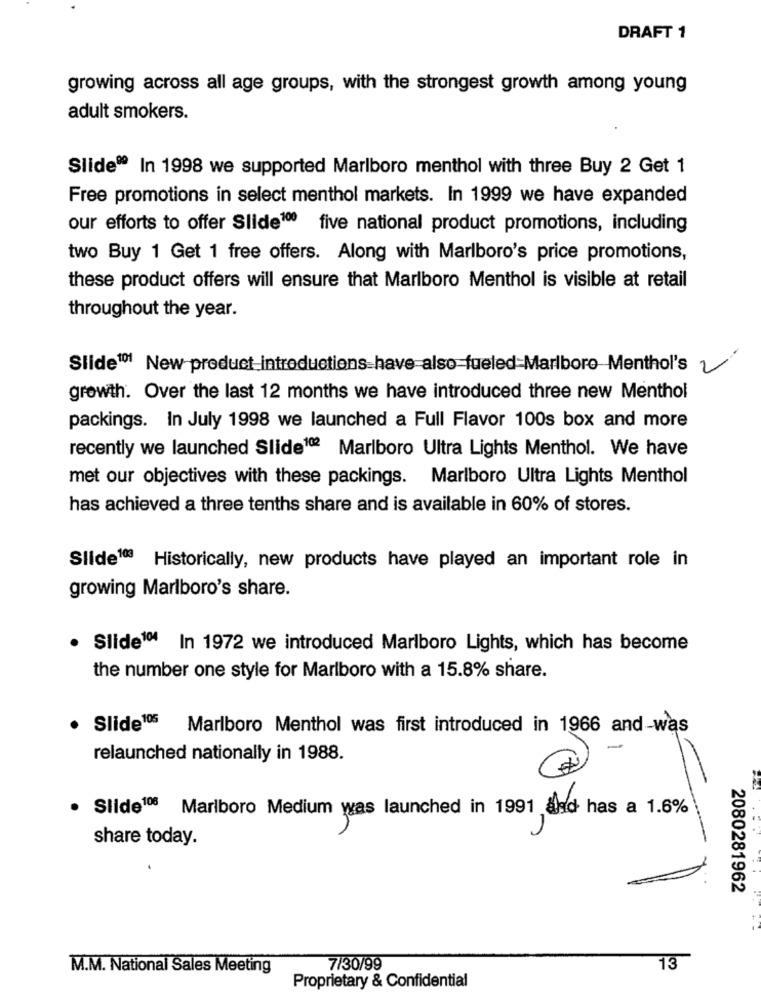
DRAFT 1
growing across all age groups, with the strongest growth among young
adult smokers.
Slide® In 1998 we supported Marlboro menthol with three Buy 2 Get 1
Free promotions in select menthol markets. In 1999 we have expanded
our efforts to offer Slide100 five national product promotions, including
two Buy 1 Get 1 free offers. Along with Marlboro's price promotions,
these product offers will ensure that Marlboro Menthol is visible at retail
throughout the year.
Slide101 New product introductions have also fueled=Marlboro Menthol's y
growth. Over the last 12 months we have introduced three new Menthol
packings. In July 1998 we launched a Full Flavor 100s box and more
recently we launched Slide102 Marlboro Ultra Lights Menthol. We have
met our objectives with these packings. Marlboro Ultra Lights Menthol
has achieved a three tenths share and is available in 60% of stores.
Slide103 Historically, new products have played an important role in
growing Marlboro's share.
Slide10 In 1972 we introduced Marlboro Lights, which has become
the number one style for Marlboro with a 15.8% share.
Slide 105
Marlboro Menthol was first introduced in 1966 and-was
-
relaunched nationally in 1988.
. Slide100 Marlboro Medium was launched in 1991 asd has a 1.6%
share today.
2080281962
13
M.M. National Sales Meeting
7/30/99
Proprietary & Confidential